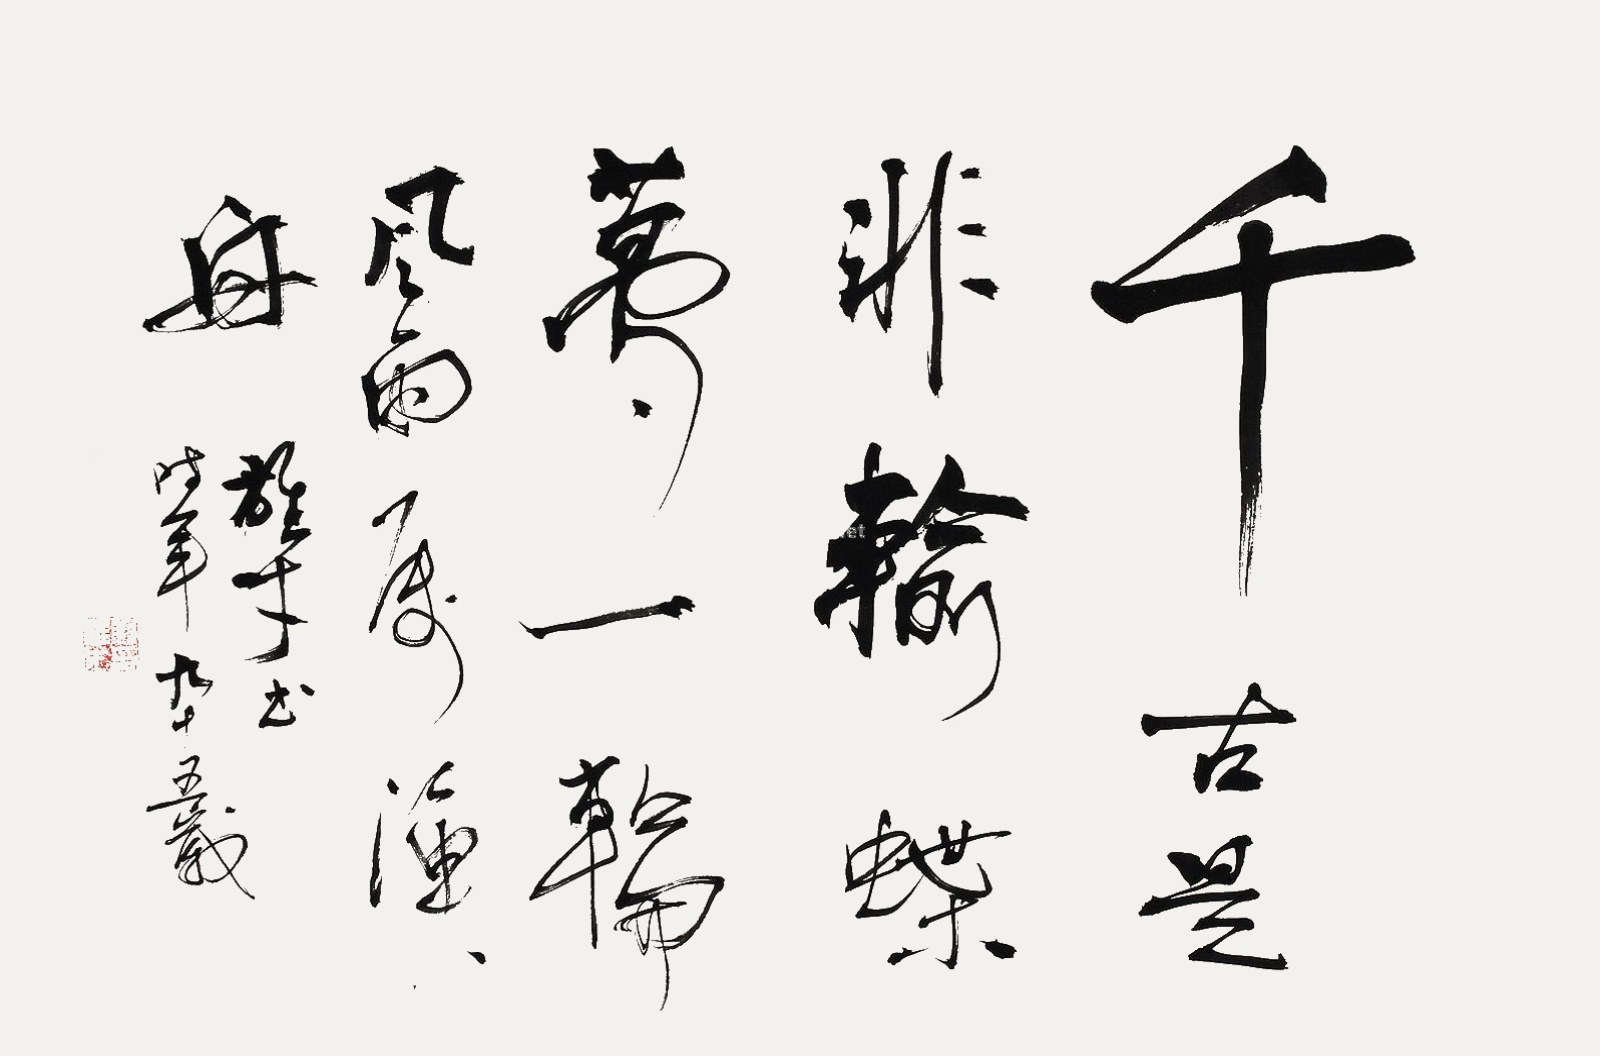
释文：千古是非输蝶梦，一轮风雨属渔舟。雄才书，时年九十五岁。